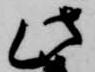
此